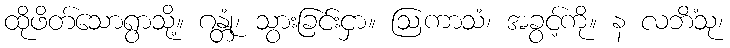
ထိုဖိတ်သောရွာသို့။ ဂန္တုံ၊ သွားခြင်းငှာ။ ဩကာသံ၊ အခွင့်ကို။ န လဘိံသု၊